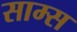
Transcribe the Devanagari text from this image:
साम्स